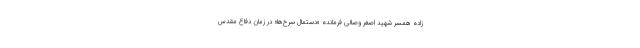
زاده همسر شهید اصغر وصالی فرمانده «دستمال سرخ‌ها» در زمان دفاع مقدس